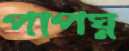
পাপঘ্ন